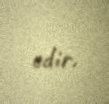
edir.